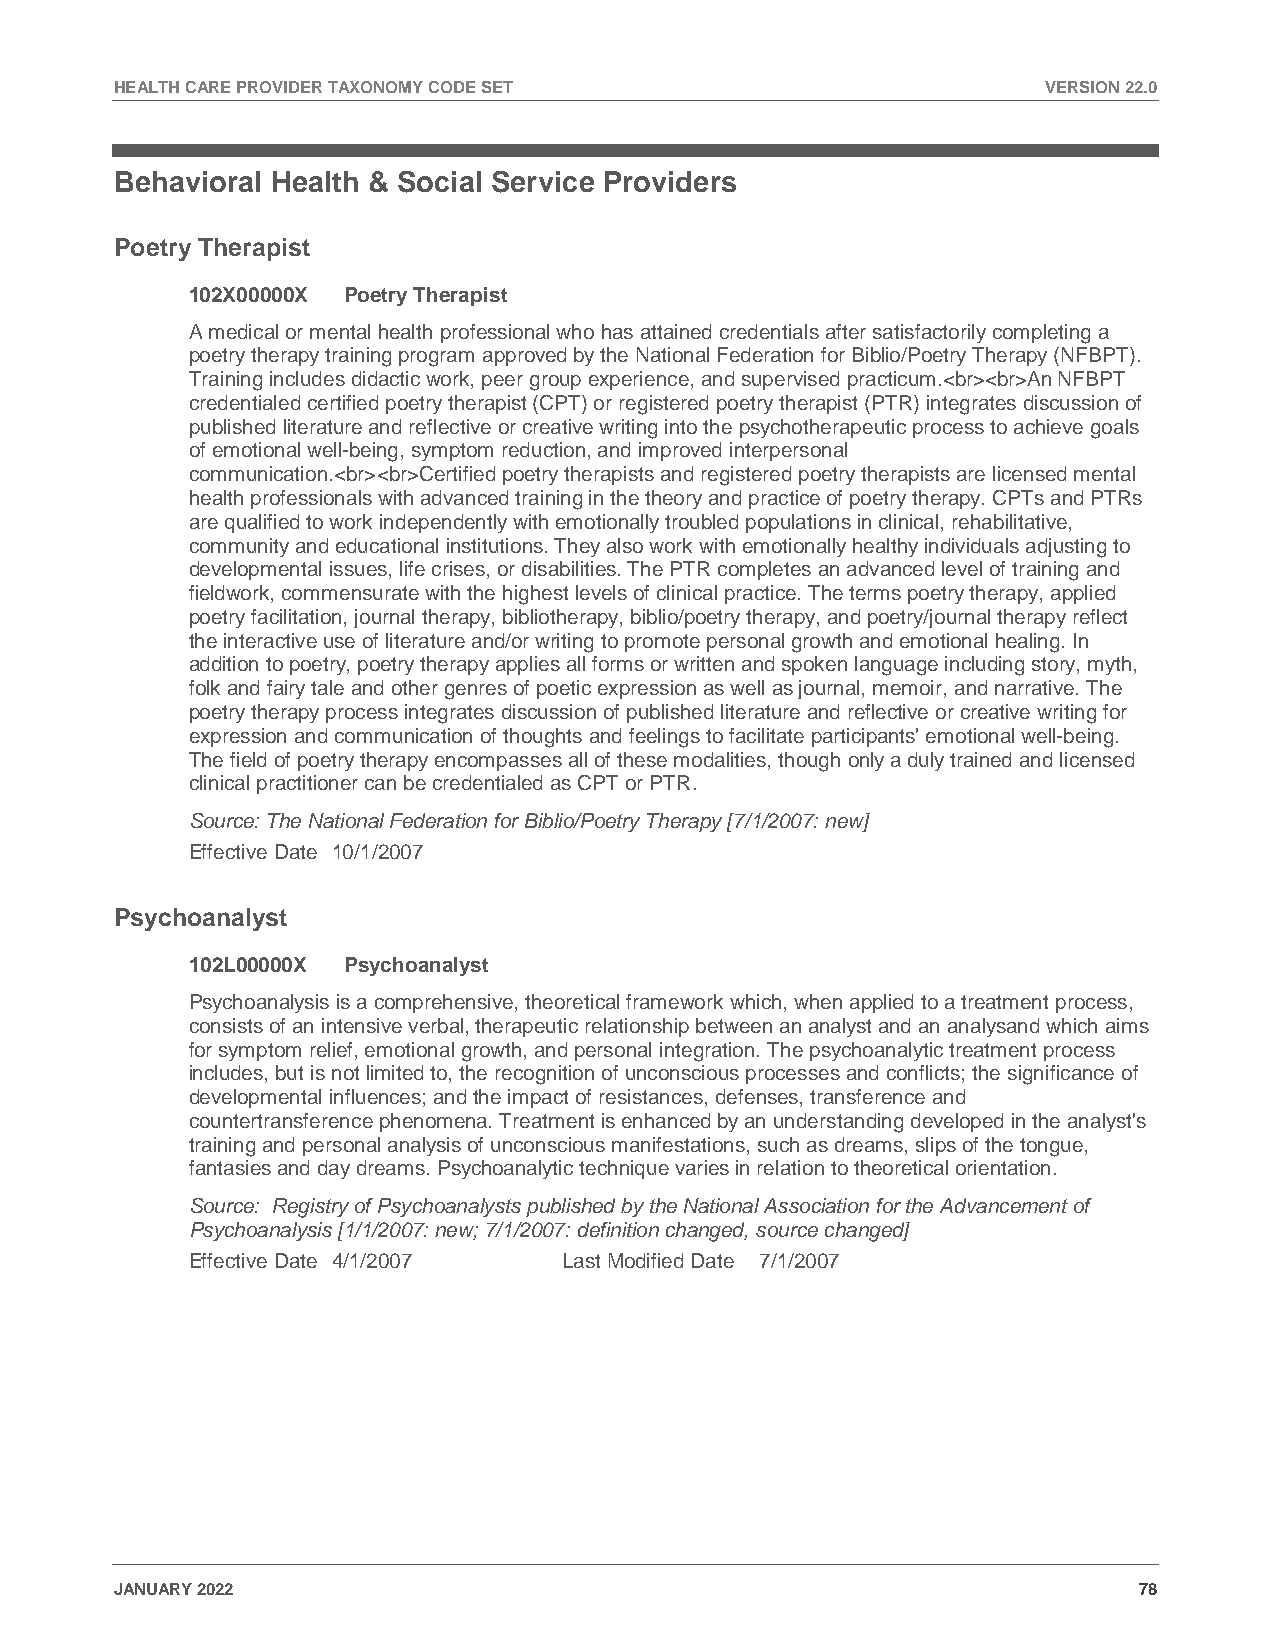
HEALTH CARE PROVIDER TAXONOMY CODE SET                       VERSION 22.0
 Behavioral Health & Social Service Providers
 Poetry Therapist
 102X00000X Poetry Therapist
 A medical or mental health professional who has attained credentials after satisfactorily completing a
 poetry therapy training program approved by the National Federation for Biblio/Poetry Therapy (NFBPT).
 Training includes didactic work, peer group experience, and supervised practicum.<br><br>An NFBPT
 credentialed certified poetry therapist (CPT) or registered poetry therapist (PTR) integrates discussion of
 published literature and reflective or creative writing into the psychotherapeutic process to achieve goals
 of emotional well-being, symptom reduction, and improved interpersonal
 communication.<br><br>Certified poetry therapists and registered poetry therapists are licensed mental
 health professionals with advanced training in the theory and practice of poetry therapy. CPTs and PTRs
 are qualified to work independently with emotionally troubled populations in clinical, rehabilitative,
 community and educational institutions. They also work with emotionally healthy individuals adjusting to
 developmental issues, life crises, or disabilities. The PTR completes an advanced level of training and
 fieldwork, commensurate with the highest levels of clinical practice. The terms poetry therapy, applied
 poetry facilitation, journal therapy, bibliotherapy, biblio/poetry therapy, and poetry/journal therapy reflect
 the interactive use of literature and/or writing to promote personal growth and emotional healing. In
 addition to poetry, poetry therapy applies all forms or written and spoken language including story, myth,
 folk and fairy tale and other genres of poetic expression as well as journal, memoir, and narrative. The
 poetry therapy process integrates discussion of published literature and reflective or creative writing for
 expression and communication of thoughts and feelings to facilitate participants' emotional well-being.
 The field of poetry therapy encompasses all of these modalities, though only a duly trained and licensed
 clinical practitioner can be credentialed as CPT or PTR.
 Source: The National Federation for Biblio/Poetry Therapy [7/1/2007: new]
 Effective Date 10/1/2007
 Psychoanalyst
 102L00000X Psychoanalyst
 Psychoanalysis is a comprehensive, theoretical framework which, when applied to a treatment process,
 consists of an intensive verbal, therapeutic relationship between an analyst and an analysand which aims
 for symptom relief, emotional growth, and personal integration. The psychoanalytic treatment process
 includes, but is not limited to, the recognition of unconscious processes and conflicts; the significance of
 developmental influences; and the impact of resistances, defenses, transference and
 countertransference phenomena. Treatment is enhanced by an understanding developed in the analyst's
 training and personal analysis of unconscious manifestations, such as dreams, slips of the tongue,
 fantasies and day dreams. Psychoanalytic technique varies in relation to theoretical orientation.
 Source: Registry of Psychoanalysts published by the National Association for the Advancement of
 Psychoanalysis [1/1/2007: new; 7/1/2007: definition changed, source changed]
 Effective Date 4/1/2007  Last Modified Date 7/1/2007
 JANUARY 2022                                                       78